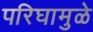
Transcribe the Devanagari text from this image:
परिघामुळे